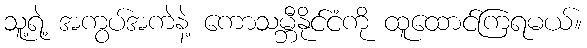
သူ့ရဲ့ အကွပ်အကဲနဲ့ ကောသမ္ဘီနိုင်ငံကို ထူထောင်ကြရမယ်။